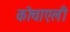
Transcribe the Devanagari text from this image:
कोचाएली